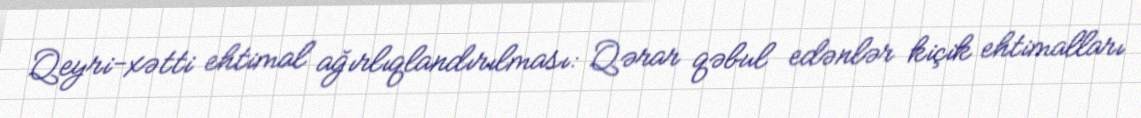
Qeyri-xətti ehtimal ağırlıqlandırılması: Qərar qəbul edənlər kiçik ehtimalları